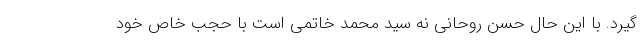
‌گیرد. با این حال حسن روحانی نه سید محمد خاتمی است با حجب خاص خود